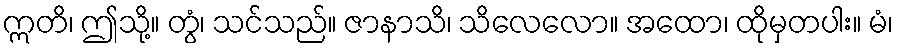
ဣတိ၊ ဤသို့။ တွံ၊ သင်သည်။ ဇာနာသိ၊ သိလေလော။ အထော၊ ထိုမှတပါး။ မံ၊